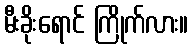
မီးခိုးရောင် ကြိုက်လား။